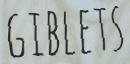
GIBLETS